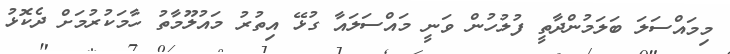
މިމައްސަލަ ބަލަމުންދާތީ ފުލުހުން ވަނީ މައްސަލައާ ގުޅޭ އިތުރު މައުލޫމާތު ހާމަކުރުމަށް ދެކޮޅު